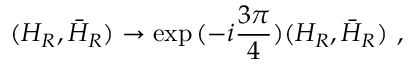
( H _ { R } , \bar { H } _ { R } ) \rightarrow \exp { ( - i \frac { 3 \pi } { 4 } ) } ( H _ { R } , \bar { H } _ { R } ) \ ,